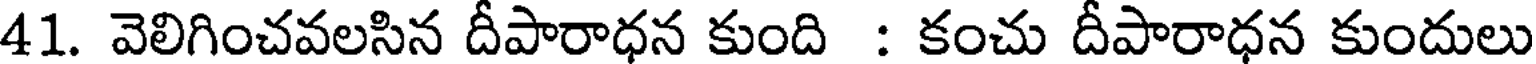
41. వెలిగించవలసిన దీపారాధన కుంది : కంచు దీపారాధన కుందులు